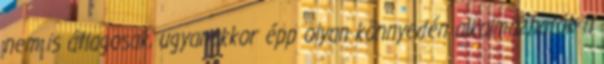
nem is átlagosak, ugyanakkor épp olyan könnyedén alkalmazhatók a